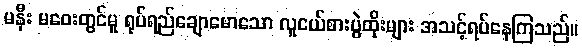
မနီး မဝေးတွင်မူ ရုပ်ရည်ချောမောသော လူငယ်စားပွဲထိုးများ အသင့်ရပ်နေကြသည်။